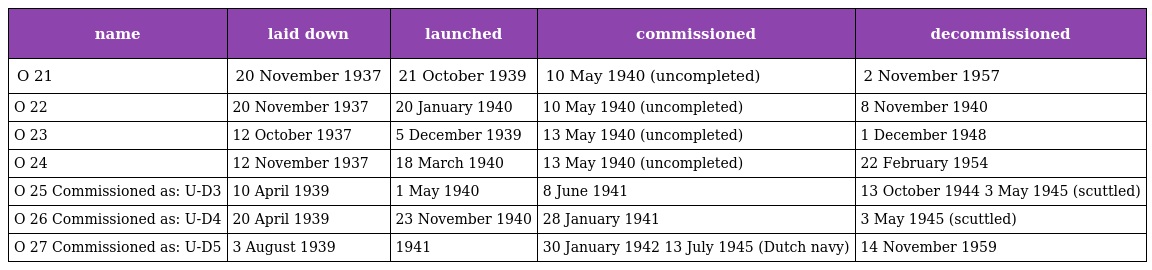
| name | laid down | launched | commissioned | decommissioned |
 | --- | --- | --- | --- | --- |
 | O 21 | 20 November 1937 | 21 October 1939 | 10 May 1940 (uncompleted) | 2 November 1957 |
 | O 22 | 20 November 1937 | 20 January 1940 | 10 May 1940 (uncompleted) | 8 November 1940 |
 | O 23 | 12 October 1937 | 5 December 1939 | 13 May 1940 (uncompleted) | 1 December 1948 |
 | O 24 | 12 November 1937 | 18 March 1940 | 13 May 1940 (uncompleted) | 22 February 1954 |
 | O 25 Commissioned as: U-D3 | 10 April 1939 | 1 May 1940 | 8 June 1941 | 13 October 1944 3 May 1945 (scuttled) |
 | O 26 Commissioned as: U-D4 | 20 April 1939 | 23 November 1940 | 28 January 1941 | 3 May 1945 (scuttled) |
 | O 27 Commissioned as: U-D5 | 3 August 1939 | 1941 | 30 January 1942 13 July 1945 (Dutch navy) | 14 November 1959 |